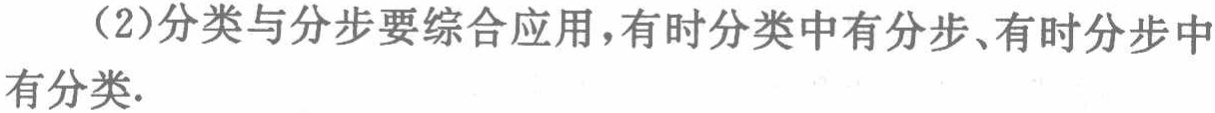
（2）分类与分步要综合应用，有时分类中有分步、有时分步中有分类.